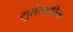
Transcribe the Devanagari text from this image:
सुसंस्कारिता